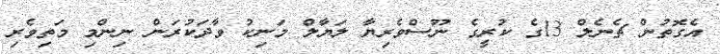
އެގޮތުން ޗެނެލް 13ގެ ކުރީގެ ނޫސްވެރިޔާ ލަޔާލް މަނިކު ވާދަކުރަން ނިންމި މަތިވެރި